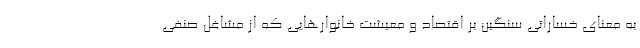
به معنای خساراتی سنگین بر اقتصاد و معیشت خانوارهایی که از مشاغل صنفی